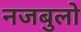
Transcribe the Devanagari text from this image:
नजबुलो